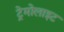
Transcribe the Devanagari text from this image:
ट्रेमोलाइट